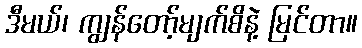
ဒီမယ်၊ ကျွန်တော့်မျက်စိနဲ့ မြင်တာ။